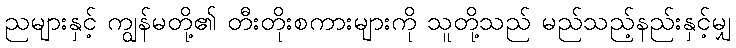
ညများနှင့် ကျွန်မတို့၏ တီးတိုးစကားများကို သူတို့သည် မည်သည့်နည်းနှင့်မျှ